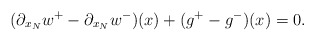
\begin{align*}(\partial_{x_N}w^+-\partial_{x_N}w^-)(x)+(g^+-g^-)(x)=0.\end{align*}